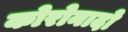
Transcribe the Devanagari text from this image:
कोरोनादो